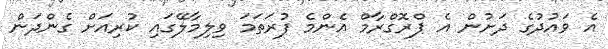
އެ ވައުދުގެ ދަށުން އެ ޕްރޮގްރާމް އެންމެ ފުރަތަމަ ވިލިމާލޭގައި ކުރިއަށް ގެންދަން